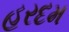
હરદમ